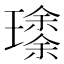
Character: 𱯹